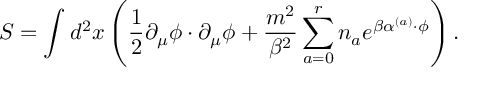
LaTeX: S = \int d ^ { 2 } x \left( \frac { 1 } { 2 } \partial _ { \mu } \phi \cdot \partial _ { \mu } \phi + \frac { m ^ { 2 } } { \beta ^ { 2 } } \sum _ { a = 0 } ^ { r } n _ { a } e ^ { \beta \alpha ^ { ( a ) } \cdot \phi } \right) .